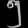
Digit: ၅